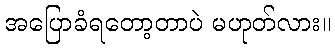
အပြောခံရတော့တာပဲ မဟုတ်လား။